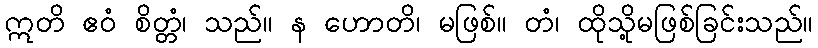
ဣတိ ဧဝံ စိတ္တံ၊ သည်။ န ဟောတိ၊ မဖြစ်။ တံ၊ ထိုသို့မဖြစ်ခြင်းသည်။